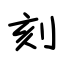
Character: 刻